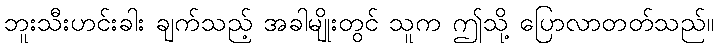
ဘူးသီးဟင်းခါး ချက်သည့် အခါမျိုးတွင် သူက ဤသို့ ပြောလာတတ်သည်။